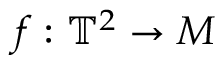
f : \mathbb { T } ^ { 2 } \to M